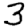
Digit: 3